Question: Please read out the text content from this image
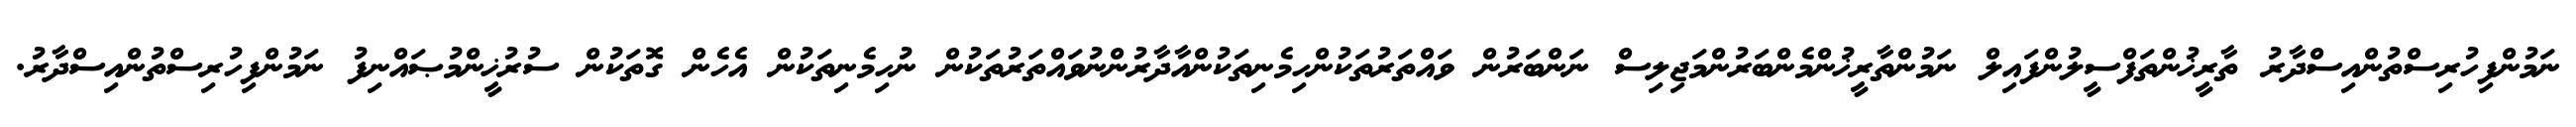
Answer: ނަމުންފިހުރިސްތުންއިސްދާރު ތާރީޚުންތަފްސީލުންފައިލް ނަމުންތާރީޚުންމެންބަރުންމަޖިލިސް ނަންބަރުން ވައްތަރުތަކުންހިމެނިތަކުންއާދާރުންނުވައްތަރުތަކުން ނުހިމެނިތަކުން އެހެން ގޮތަކުން ސުރުޚީންމުޞައްނިފު ނަމުންފިހުރިސްތުންއިސްދާރު.